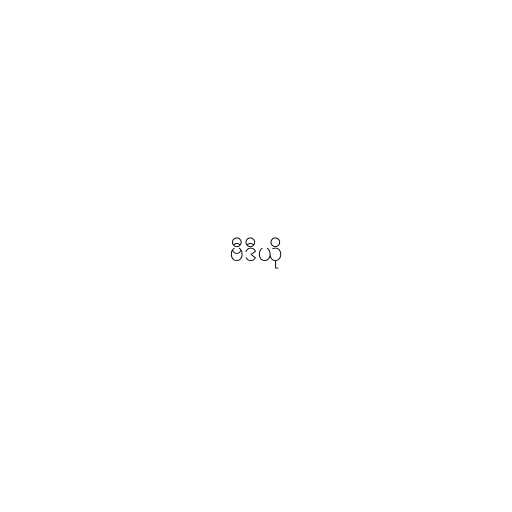
ဗီဒီယို